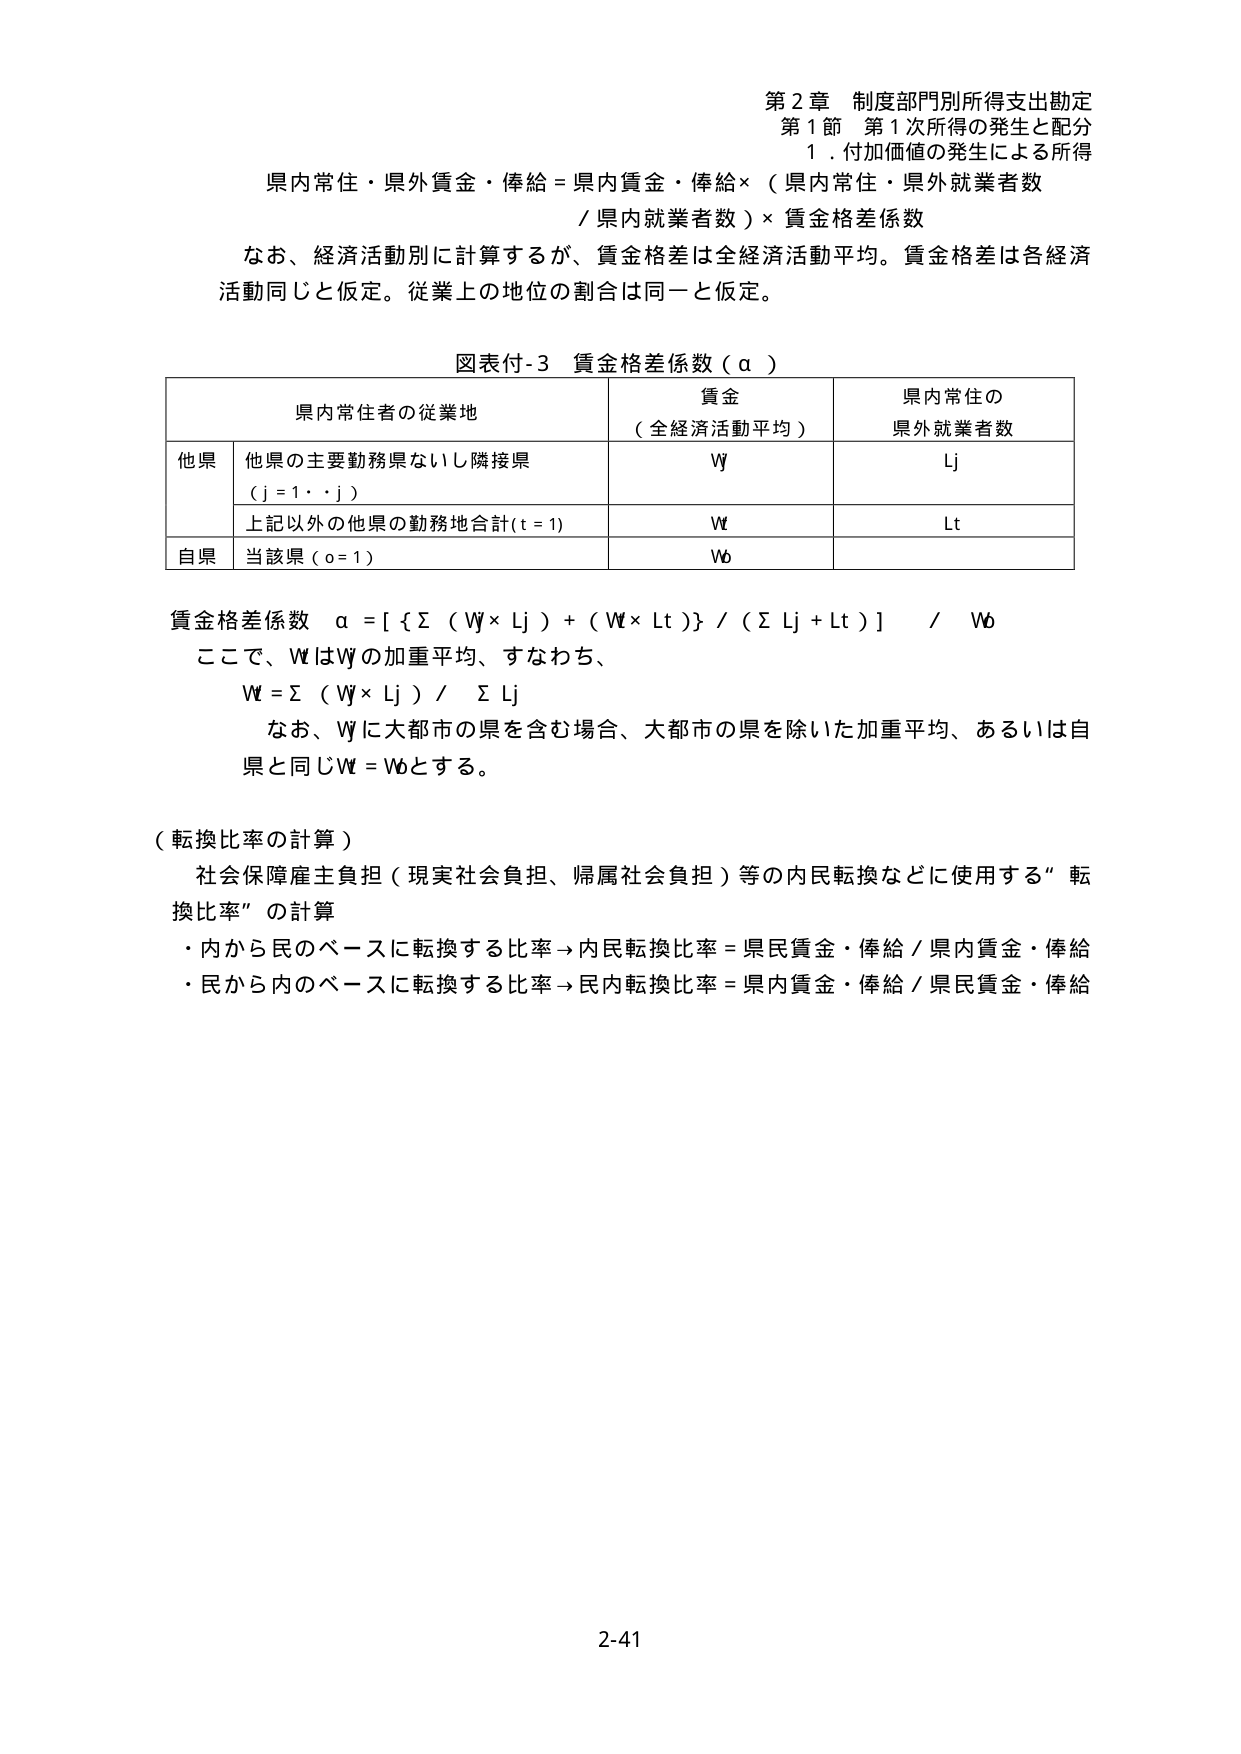
第２章 制度部門別所得支出勘定
第１節 第１次所得の発生と配分
１．付加価値の発生による所得

県内常住・県外賃金・俸給＝県内賃金・俸給×（県内常住・県外就業者数
／県内就業者数）×賃金格差係数

なお、経済活動別に計算するが、賃金格差は全経済活動平均。賃金格差は各経済
活動同じと仮定。従業上の地位の割合は同一と仮定。

図表付-3 賃金格差係数（α）

| 県内常住者の従業地 | 賃金（全経済活動平均） | 県内常住の県外就業者数 |
|------------------|----------------------|----------------------|
| 他県             | 他県の主要勤務県ないし隣接県（j＝1・・j） | Wj | Lj |
|                  | 上記以外の他県の勤務地合計（t＝1） | Wt | Lt |
| 自県             | 当該県（o＝1） | Wo | |

賃金格差係数 α＝[ { Σ（Wj×Lj）＋（Wt×Lt）} ／（ΣLj＋Lt）] ／ Wo

ここで、WはWjの加重平均、すなわち、
W＝Σ（Wj×Lj）／ ΣLj

なお、Wjに大都市の県を含む場合、大都市の県を除いた加重平均、あるいは自県と同じW＝Woとする。

（転換比率の計算）
社会保障産主負担（現実社会負担、帰属社会負担）等の内民転換などに使用する“転換比率”の計算
・内から民のベースに転換する比率→内民転換比率＝県民賃金・俸給／県内賃金・俸給
・民から内のベースに転換する比率→民内転換比率＝県内賃金・俸給／県民賃金・俸給

2-41